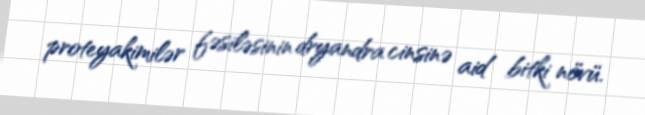
proteyakimilər fəsiləsinin dryandra cinsinə aid bitki növü.